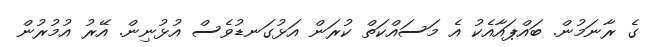
ގެ ރާނަމުން. ބައްޕައާއެކު އެ މަސައްކަތް ކުރަން އަޅުގަނޑުވެސް އުޅުނިން. އޭރު އުމުރުން